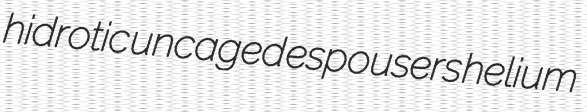
hidrotic uncaged espousers helium